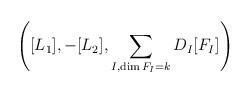
LaTeX: \begin{align*}\left([L_1],-[L_2],\sum_{I, \dim F_I=k}D_I[F_I]\right)\end{align*}